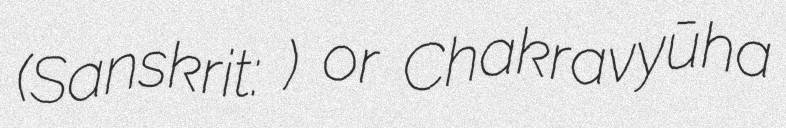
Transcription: (Sanskrit: पद्मव्यूह) or Chakravyūha